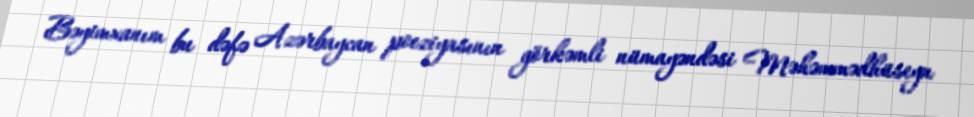
Bəyimxanım bu dəfə Azərbaycan poeziyasının görkəmli nümayəndəsi Məhəmmədhüseyn